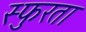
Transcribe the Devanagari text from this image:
स्फुरता